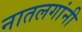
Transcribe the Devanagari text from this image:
नातलगांनी